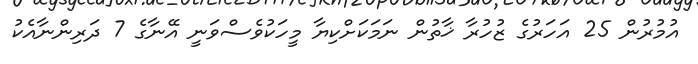
އުމުރުން 25 އަހަރުގެ ޒުހުރާ ޚާތުން ނަމަކަށްކިޔާ މީހަކުވެސްވަނީ އޭނާގެ 7 ދަރިންނާއެކު